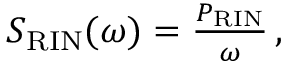
\begin{array} { r } { S _ { \mathrm { R I N } } ( \omega ) = \frac { P _ { \mathrm { R I N } } } { \omega } \, , } \end{array}